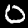
Digit: 0